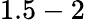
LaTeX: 1.5-2